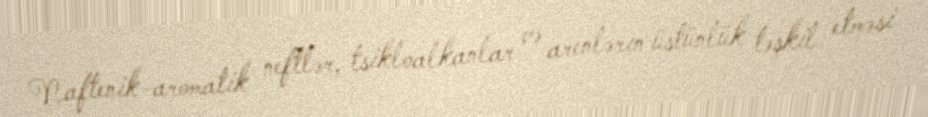
Naftenik-aromatik neftlər, tsikloalkanlar və arenlərın üstünlük təşkil etməsi